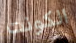
الكونت